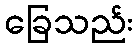
ခြေသည်း